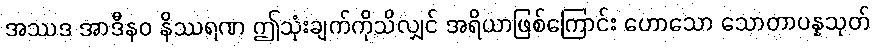
အဿဒ အာဒီနဝ နိဿရဏ ဤသုံးချက်ကိုသိလျှင် အရိယာဖြစ်ကြောင်း ဟောသော သောတာပန္နသုတ်